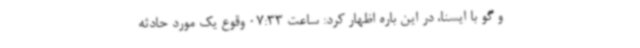
و گو با ایسنا، در این باره اظهار کرد: ساعت 07:33 وقوع یک مورد حادثه